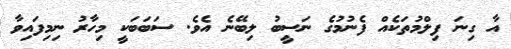
އާ ގިނަ ފިލްމުތަކެއް ފެނުމުގެ ނަސީބު ލިބޭނެ އެވެ. ސަބަބަކީ މިހާރު ނިމިފައިވާ